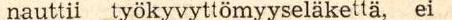
nauttii työkyvyttömyyseläkettä, ei